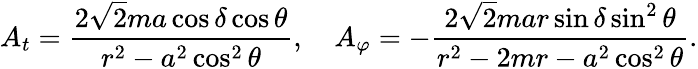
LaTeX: A_{t}={\frac{2\sqrt{2}ma\cos\delta\cos\theta}{r^{2}-a^{2}\cos^{2}\theta}},\ \ \ \ A_{\varphi}=-{\frac{2\sqrt{2}mar\sin\delta\sin^{2}\theta}{r^{2}-2mr-a^{2}\cos^{2}\theta}}.